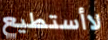
لاأستطيع